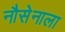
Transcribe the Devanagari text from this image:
नौसेनाला